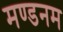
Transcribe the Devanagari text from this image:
मण्‍डनम